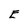
Character: E